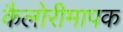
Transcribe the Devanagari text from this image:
कैलोरीमापक